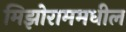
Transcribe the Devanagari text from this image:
मिझोराममधील